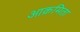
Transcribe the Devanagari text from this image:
आक्रमिता